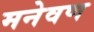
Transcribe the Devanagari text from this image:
मनेवण